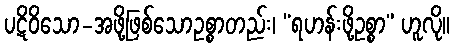
ပဋိဝိသော-အဖို့ဖြစ်သောဥစ္စာတည်း၊ “ရဟန်းဖို့ဥစ္စာ” ဟူလို။